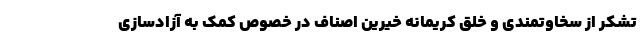
تشکر از سخاوتمندی و خلق کریمانه خیرین اصناف در خصوص کمک به آزادسازی